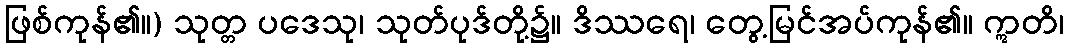
ဖြစ်ကုန်၏။) သုတ္တ ပဒေသု၊ သုတ်ပုဒ်တို့၌။ ဒိဿရေ၊ တွေ့မြင်အပ်ကုန်၏။ ဣတိ၊